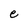
Character: e